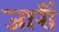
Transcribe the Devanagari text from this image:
जारीं